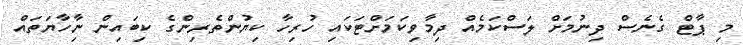
މި ޕާޓް ގެނެސް ދިނުމަށް ލަސްކަމެއް ދިމާވިކަމަށްޓަކައި ހުރިހާ ކިޔުންތެރިންގެ ކިބައިން ނިާހާޔަތައް